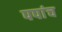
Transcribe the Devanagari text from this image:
पपांच